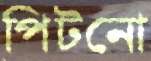
পিটনো